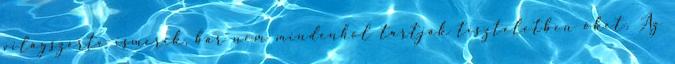
világszerte ismerik, bár nem mindenhol tartják tiszteletben őket. Az